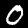
Digit: 0